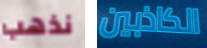
نذهب الكاذبين